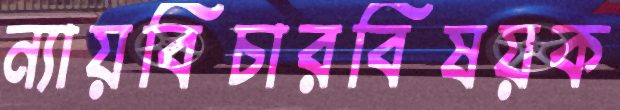
ন্যায়বিচারবিষয়ক